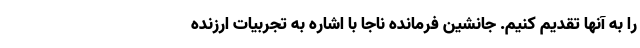
را به آنها تقدیم کنیم. جانشین فرمانده ناجا با اشاره به تجربیات ارزنده